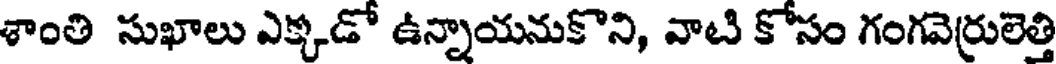
శాంతి సుఖాలు ఎక్కడో ఉన్నాయనుకొని, వాటి కోసం గంగవెర్రులెత్తి